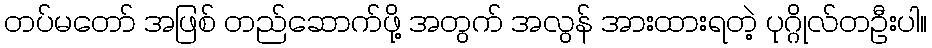
တပ်မတော် အဖြစ် တည်ဆောက်ဖို့ အတွက် အလွန် အားထားရတဲ့ ပုဂ္ဂိုလ်တဦးပါ။